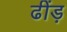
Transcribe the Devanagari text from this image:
ढींड़